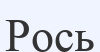
Рось